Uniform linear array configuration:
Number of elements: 12
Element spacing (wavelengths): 1
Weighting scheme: hann
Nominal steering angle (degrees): -15
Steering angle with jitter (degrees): -14.864
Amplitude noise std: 0.05
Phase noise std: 0.05

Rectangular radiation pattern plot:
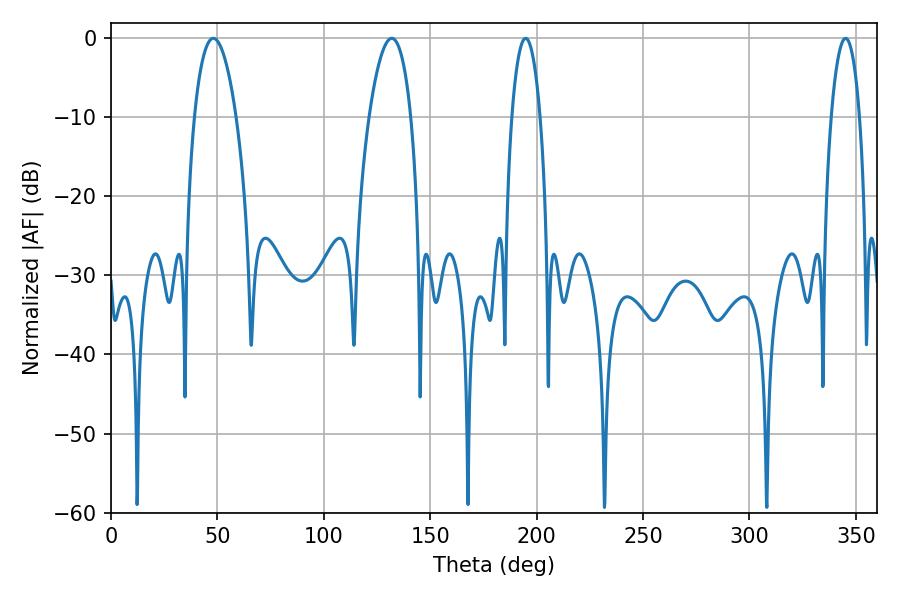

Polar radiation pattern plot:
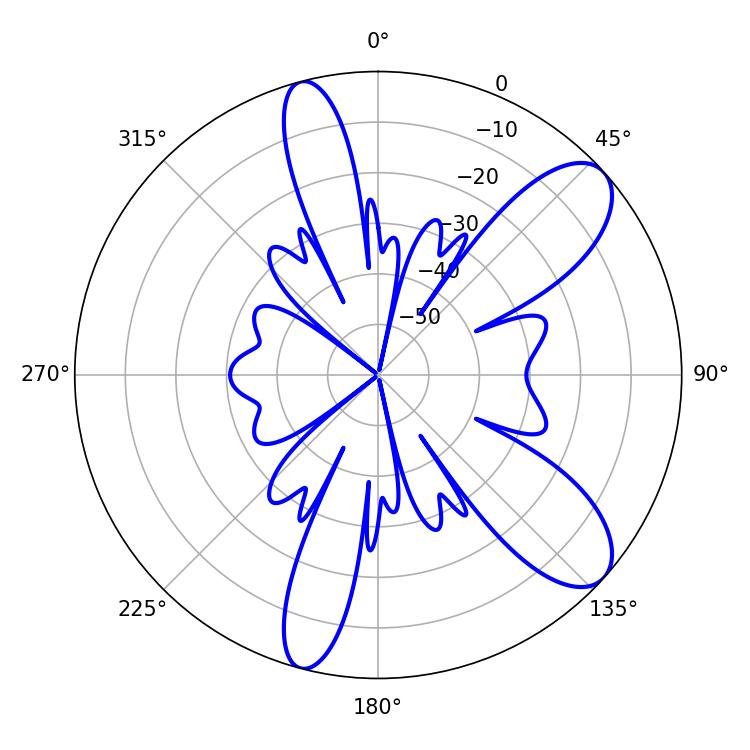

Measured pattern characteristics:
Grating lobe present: TRUE
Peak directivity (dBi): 9.335
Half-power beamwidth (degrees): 10.98
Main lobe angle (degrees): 48.06